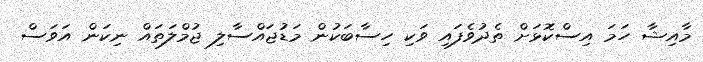
މާއިޝާ ހަމަ އިސްކޮަޅަށް ތެދުވެފައި ވަކި ހިސާބަކުން މަޑުޖައްސާލި ޖުމްލަތައް ނިކަން އަވަސް